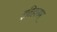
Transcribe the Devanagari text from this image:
इतिहासम्